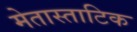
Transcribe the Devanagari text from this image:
मेतास्ताटिक